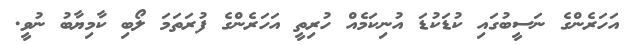
އަހަރެންގެ ނަސީބުގައި ކުޑަކުޑަ އުނިކަމެއް ހުރިތީ އަހަރެންގެ ފުރަތަމަ ލޯބި ކާމިޔާބު ނުވީ.